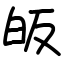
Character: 皈